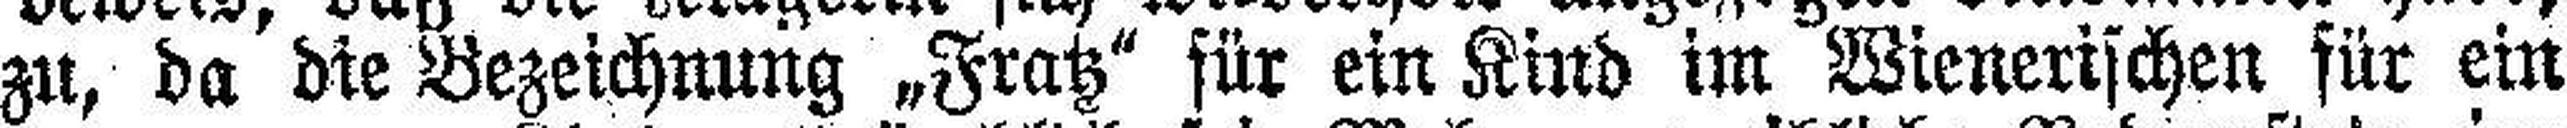
zu, da die Bezeichnung „Fratz" für ein Kind im Wienerischen für ein